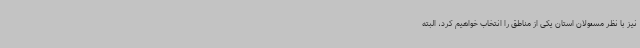
نیز با نظر مسئولان استان یکی از مناطق را انتخاب خواهیم کرد، البته